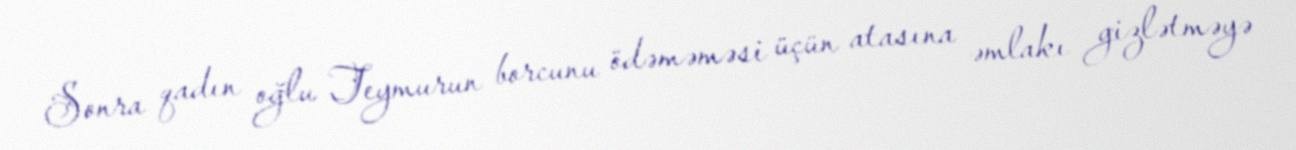
Sonra qadın oğlu Teymurun borcunu ödəməməsi üçün atasına əmlakı gizlətməyə